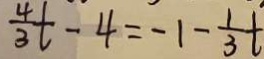
\frac { 4 } { 3 } t - 4 = - 1 - \frac { 1 } { 3 } t